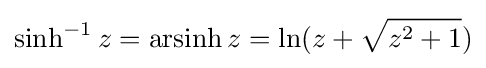
\sinh ^{-1}{z}=\operatorname {arsinh} {z}=\ln(z+{\sqrt {z^{2}+1}})